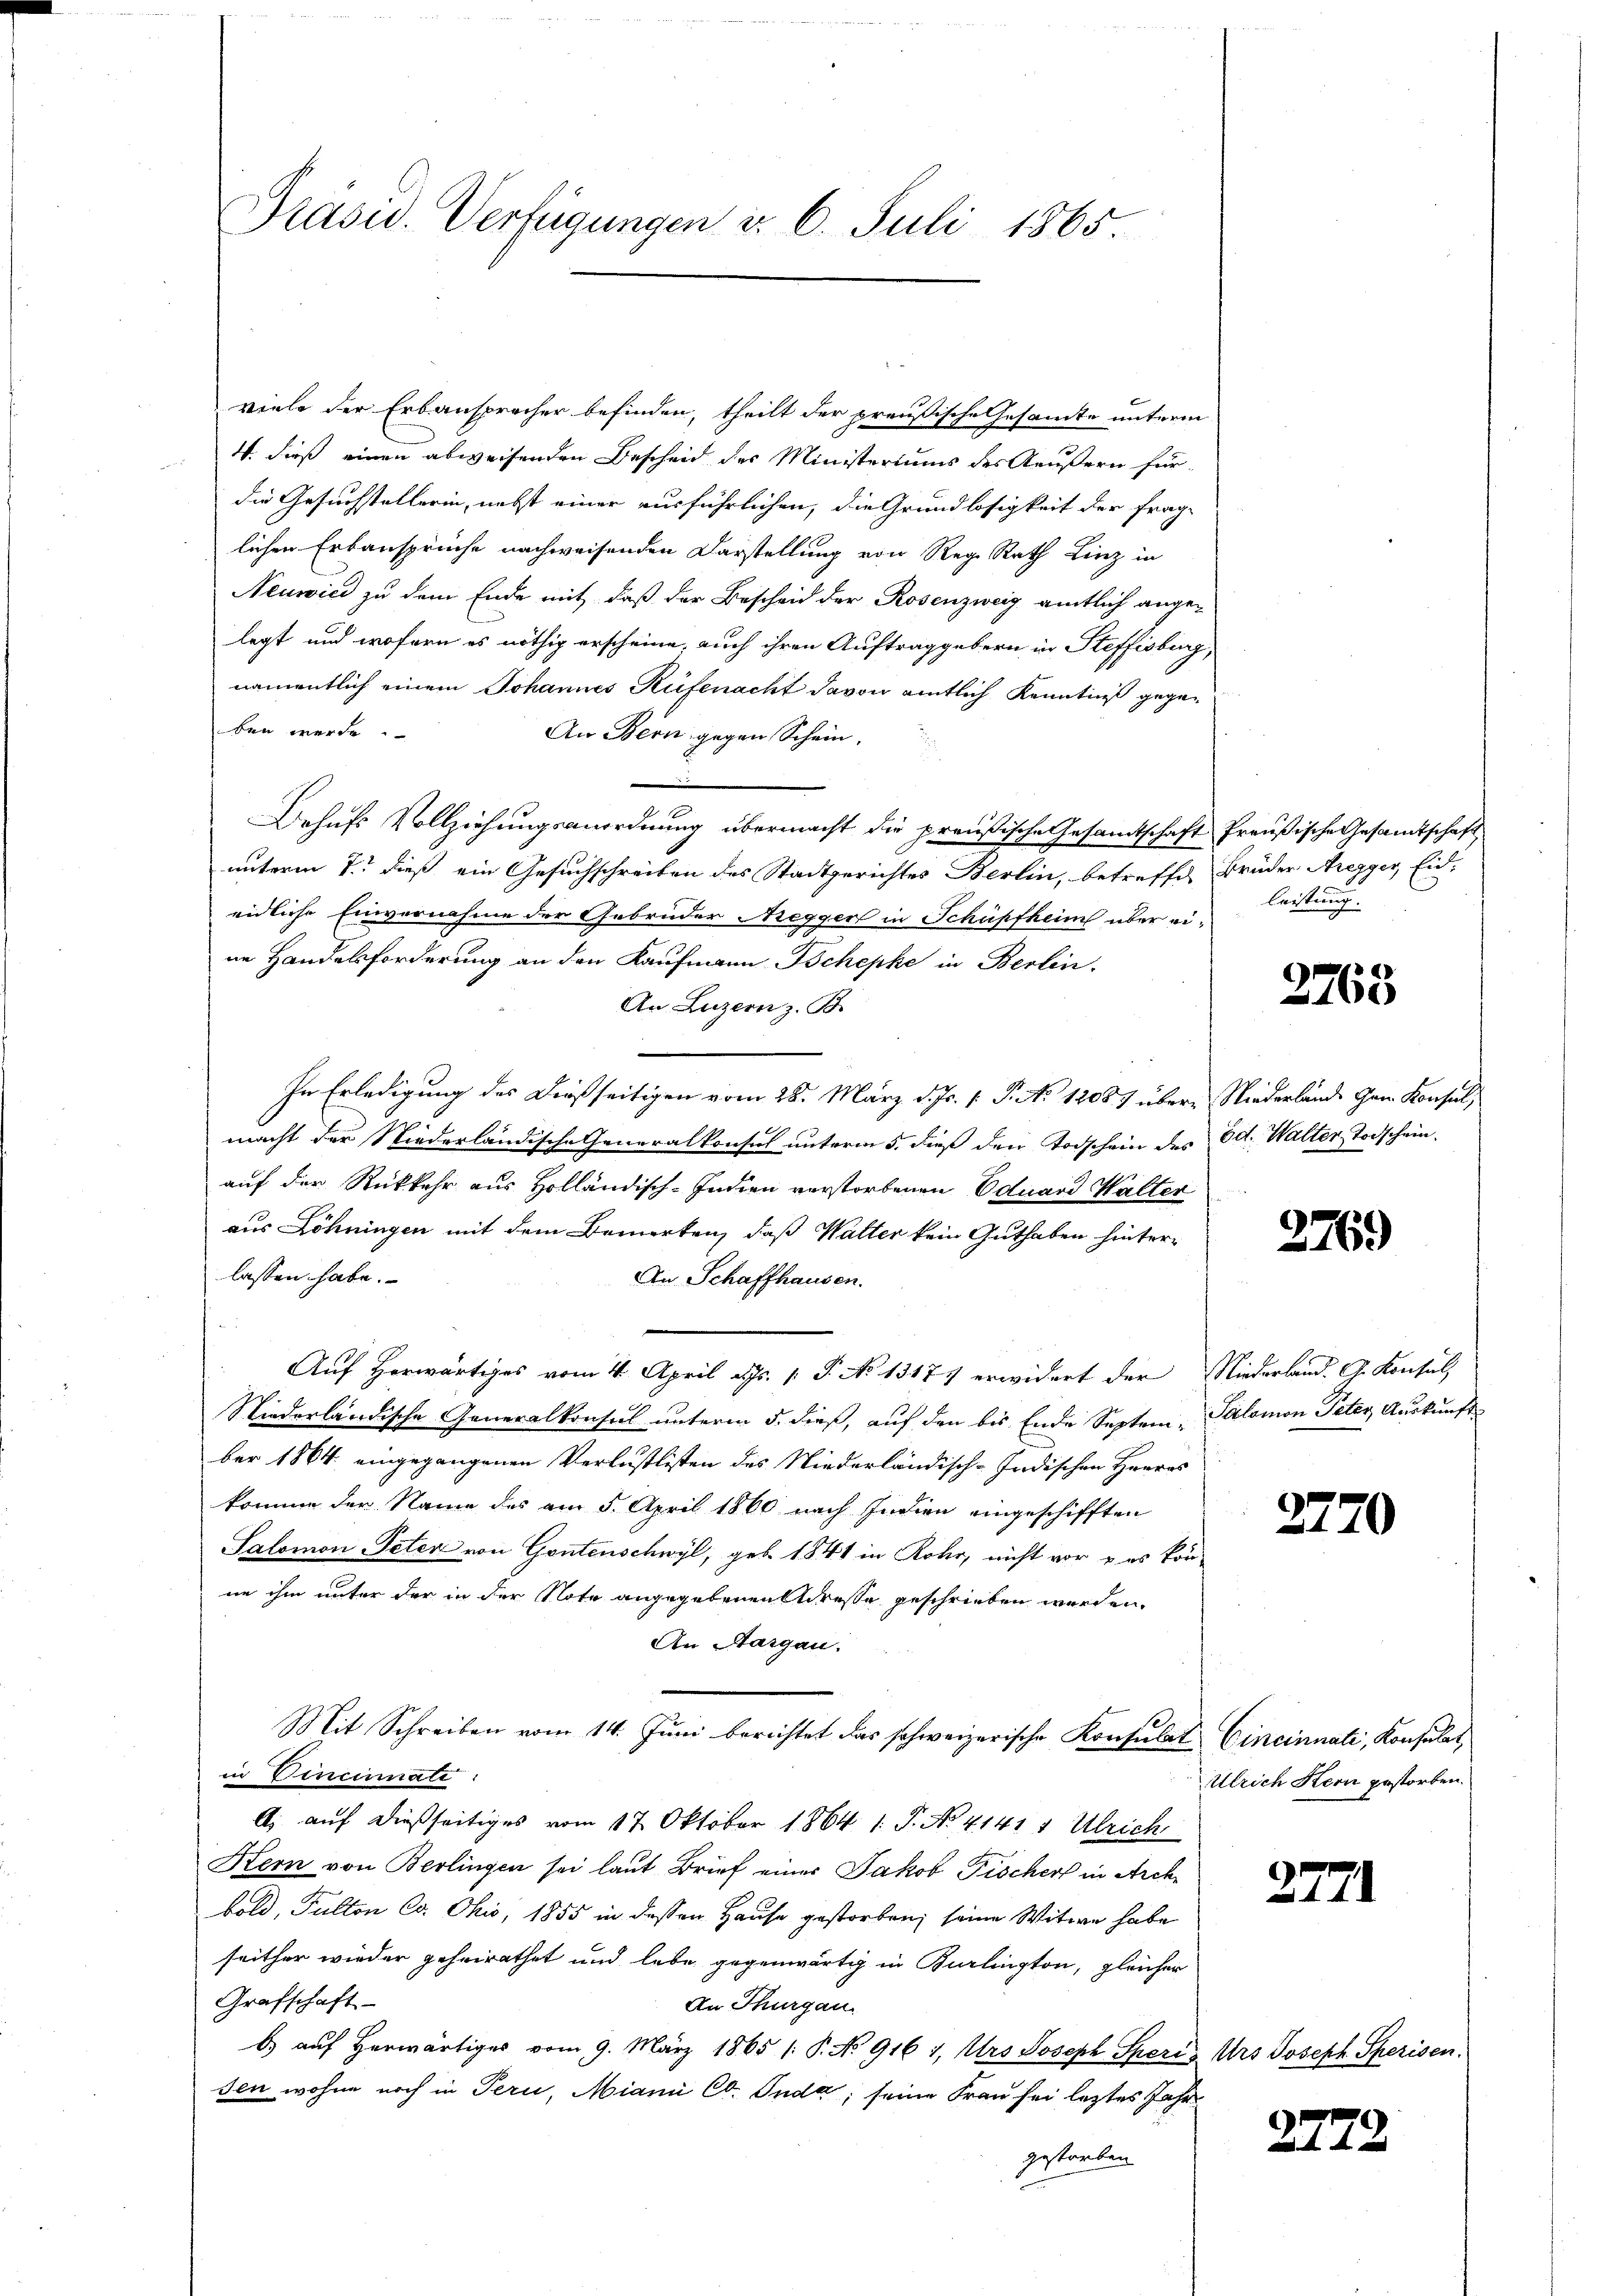
viele der Erbausprecher befinden, theilt der preußische Gesamte unterm
4. dieß einen abweisenden Bescheid des Ministeriums des Aeußern für
die Gesuchstellerin, nebst einer ausführlichen, die Grundlosigkeit der frag-
lichen Erbansprüche nachweisenden Darstellung von Reg. Rath Linz in
Neuwici zu dem Ende mit, daß der Bescheid der Rosenzweig amtlich ange-
legt und wofern es nöthig erscheine, auch ihren Auftraggebern in Steffisburg,
namentlich einem Johannes Rüfenacht davon amtlich Kenntniß gegeben werde.
An Bern gegen Schein,
Behufs Vollziehungsanordnung übermacht die preußische Gesamtschaft Preußische Gesamtschaft
unterm 7. dieß ein Gesuchschreiben des Stadtgerichtes Berlin, betreffe, Brüder Arezger, Eideidliche Einvernahme der Gebrüder Negger in Schüpfheim über eiim Handelsforderung an den Kaufmann Tschepke in Berlin.
An Luzern z. B.
In Erledigung des dießseitigen vom 28. März d. Js. 1. P. N. 12087 über Niederlände Gem. Konsul,
macht der Niederländische Generalkonsul unterm 5. dieß den Todschein des Oct. Walter Todschein.
auf der Rückkehr aus Holländisch-Indien verstorbenen Eduard Walter
aus Löhningen mit dem Bemerken, daß Walter kein Guthaben hinterlassen habe.
An Schaffhausen.
Auf herwärtiges vom 4. April als. 1. P. No 1317 erwidert der Niederland. G. Konsul,
Niederländische Generalkonsul unterm 5. dieß, auf den bis Ende Septem Salomon Peter Auskunft
ber 1864 eingegangenen Verlustlisten des Niederländisch-Indischen Heeres
komme der Name des am 5. April 1860 nach Indien eingeschifften
Salomon Peter von Gontenschwyl, geb. 1841 in Rohr, nicht vor & es kön-
ne ihm unter der in der Note angegebenen Adresse geschrieben werden.
An Aargau.
Mit Schreiben vom 14. Jŭni berichtet das schweizerische Konsulat Cincinnati, Konsulat
in Vincinale
A. auf dießseitiges vom 17. Oktober 1864 1. J. No. 4141, Ulrich
Kern von Berlingen sei laut Brief einer Jakob Fischer in Arch
bold, Pulton Co. Ohio, 1855 in dessen Hause gestorben, seine Witwe habe
seither wieder geheirathet und lebe gegenwärtig in Burlington, gleicher
Grafschaft
An Thurgau.
b) auf herwärtiges vom 9. März 1865 1: P. No 916 1, Urs Joseph Sheris Urs Joseph Speisen.
sen wohne noch in Peri, Miani Co. Inde; seine Frau sei letztes Jahr
gestorben

Präsid. Verfügungen d. 6. Juli 1865.

leistung. |

e
100

276.

2770

Ulrich Kern gestorben.

2771

2772